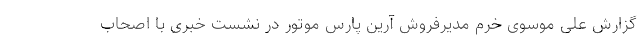
گزارش ‌علی موسوی خرم مدیرفروش آرین پارس موتور در نشست خبری با اصحاب